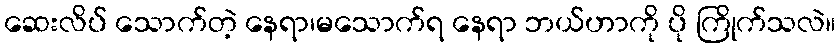
ဆေးလိပ် သောက်တဲ့ နေရာ၊မသောက်ရ နေရာ ဘယ်ဟာကို ပို ကြိုက်သလဲ။